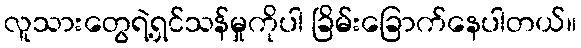
လူသားတွေရဲ့ရှင်သန်မှုကိုပါ ခြိမ်းခြောက်နေပါတယ်။